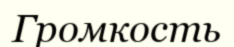
Громкость